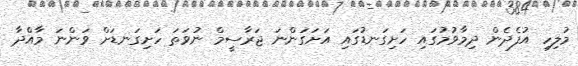
މުލިހި އުފެދެން ދިމާވުމުގައި ހަށިގަނޑުގައި އަށަގަންނަ ޖަރާސީމް ނުވަތަ ހަށިގަނޑަށް ވަންނަ މާއްދާ